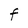
Character: F